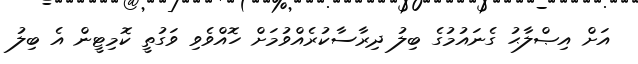
އަށް އިޞްލާޙު ގެނައުމުގެ ބިލު ދިރާސާކުރެއްވުމަށް ހޮއްވެވި ވަގުތީ ކޮމިޓީން އެ ބިލު